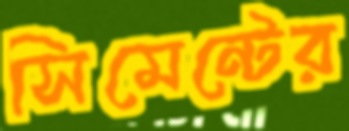
সিমেন্টের